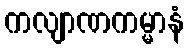
ကလျာဏကမ္မာနံ